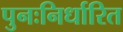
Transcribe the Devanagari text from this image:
पुनःनिर्धारित